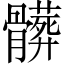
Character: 髒